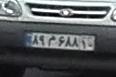
۸۹م۶۸۸۱۰